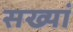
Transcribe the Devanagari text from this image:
सख्यां